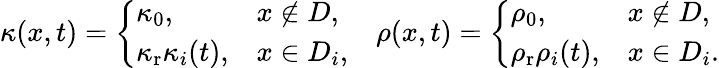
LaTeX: \begin{array}{r}{\kappa(x,t)=\left\{ \begin{array}{ll}{\kappa_{0},}&{x\notin{D},}\\ {\kappa_{\mathrm{r}}\kappa_{i}(t),}&{x\in D_{i},}\end{array}\right.\quad\rho(x,t)=\left\{ \begin{array}{ll}{\rho_{0},}&{x\notin{D},}\\ {\rho_{\mathrm{r}}\rho_{i}(t),}&{x\in D_{i}.}\end{array}\right.}\end{array}